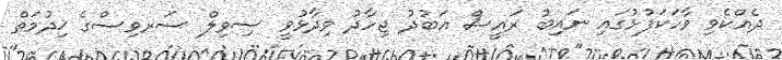
ދެއްކެވި ވާހަކަފުޅުގައި ނައިބު ރައީސް އަބުދު ޖިހާދު ވިދާޅުވީ ސިވިލް ސަރވިސްގެ ޚިދުމަތް